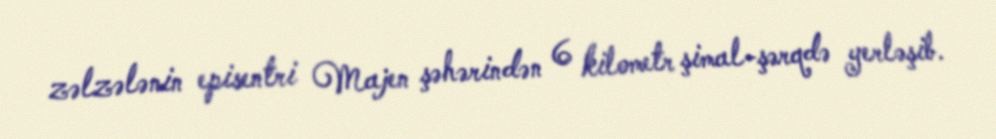
zəlzələnin episentri Majen şəhərindən 6 kilometr şimal-şərqdə yerləşib.